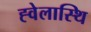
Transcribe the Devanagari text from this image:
ह्वेलास्थि